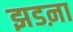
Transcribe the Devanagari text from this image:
झडऩा